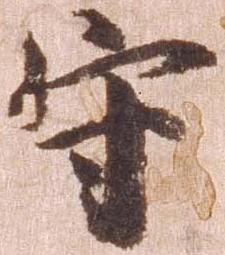
守